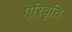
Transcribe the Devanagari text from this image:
ऐरिवृत्ति